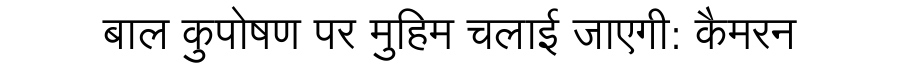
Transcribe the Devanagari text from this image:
बाल कुपोषण पर मुहिम चलाई जाएगी: कैमरन